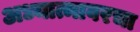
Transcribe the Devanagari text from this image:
अध्यात्मावरचा